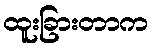
ထူးခြားတာက